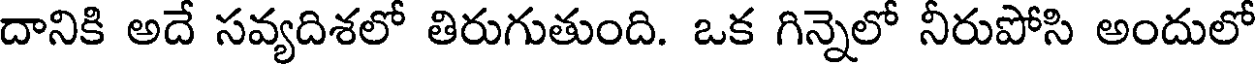
దానికి అదే సవ్యదిశలో తిరుగుతుంది. ఒక గిన్నెలో నీరుపోసి అందులో